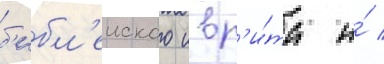
б'ибл'еиского ивр'и́та и́ /